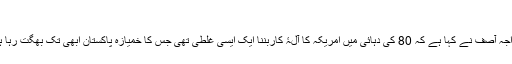
‘
خواجہ آصف نے کہا ہے کہ 80 کی دہائی میں امریکہ کا آلۂ کاربننا ایک ایسی غلطی تھی جس کا خمیازہ پاکستان ابھی تک بھگت رہا ہے۔